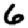
Digit: 6